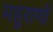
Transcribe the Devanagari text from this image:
महुराणों